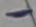
Text: -